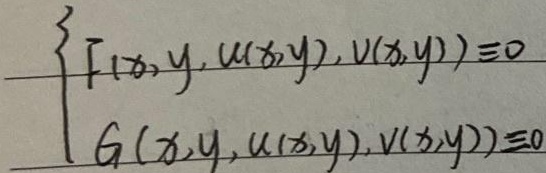
\[\begin{cases}
F(x,y,u(x,y),v(x,y))\equiv0\\
G(x,y,u(x,y),v(x,y))\equiv0
\end{cases}\]